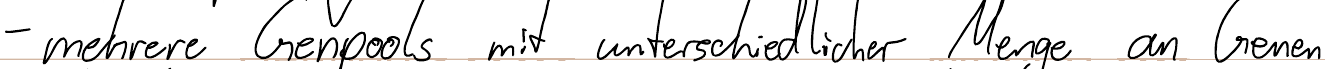
- mehrere Genpools mit unterschiedlicher Menge an Genen